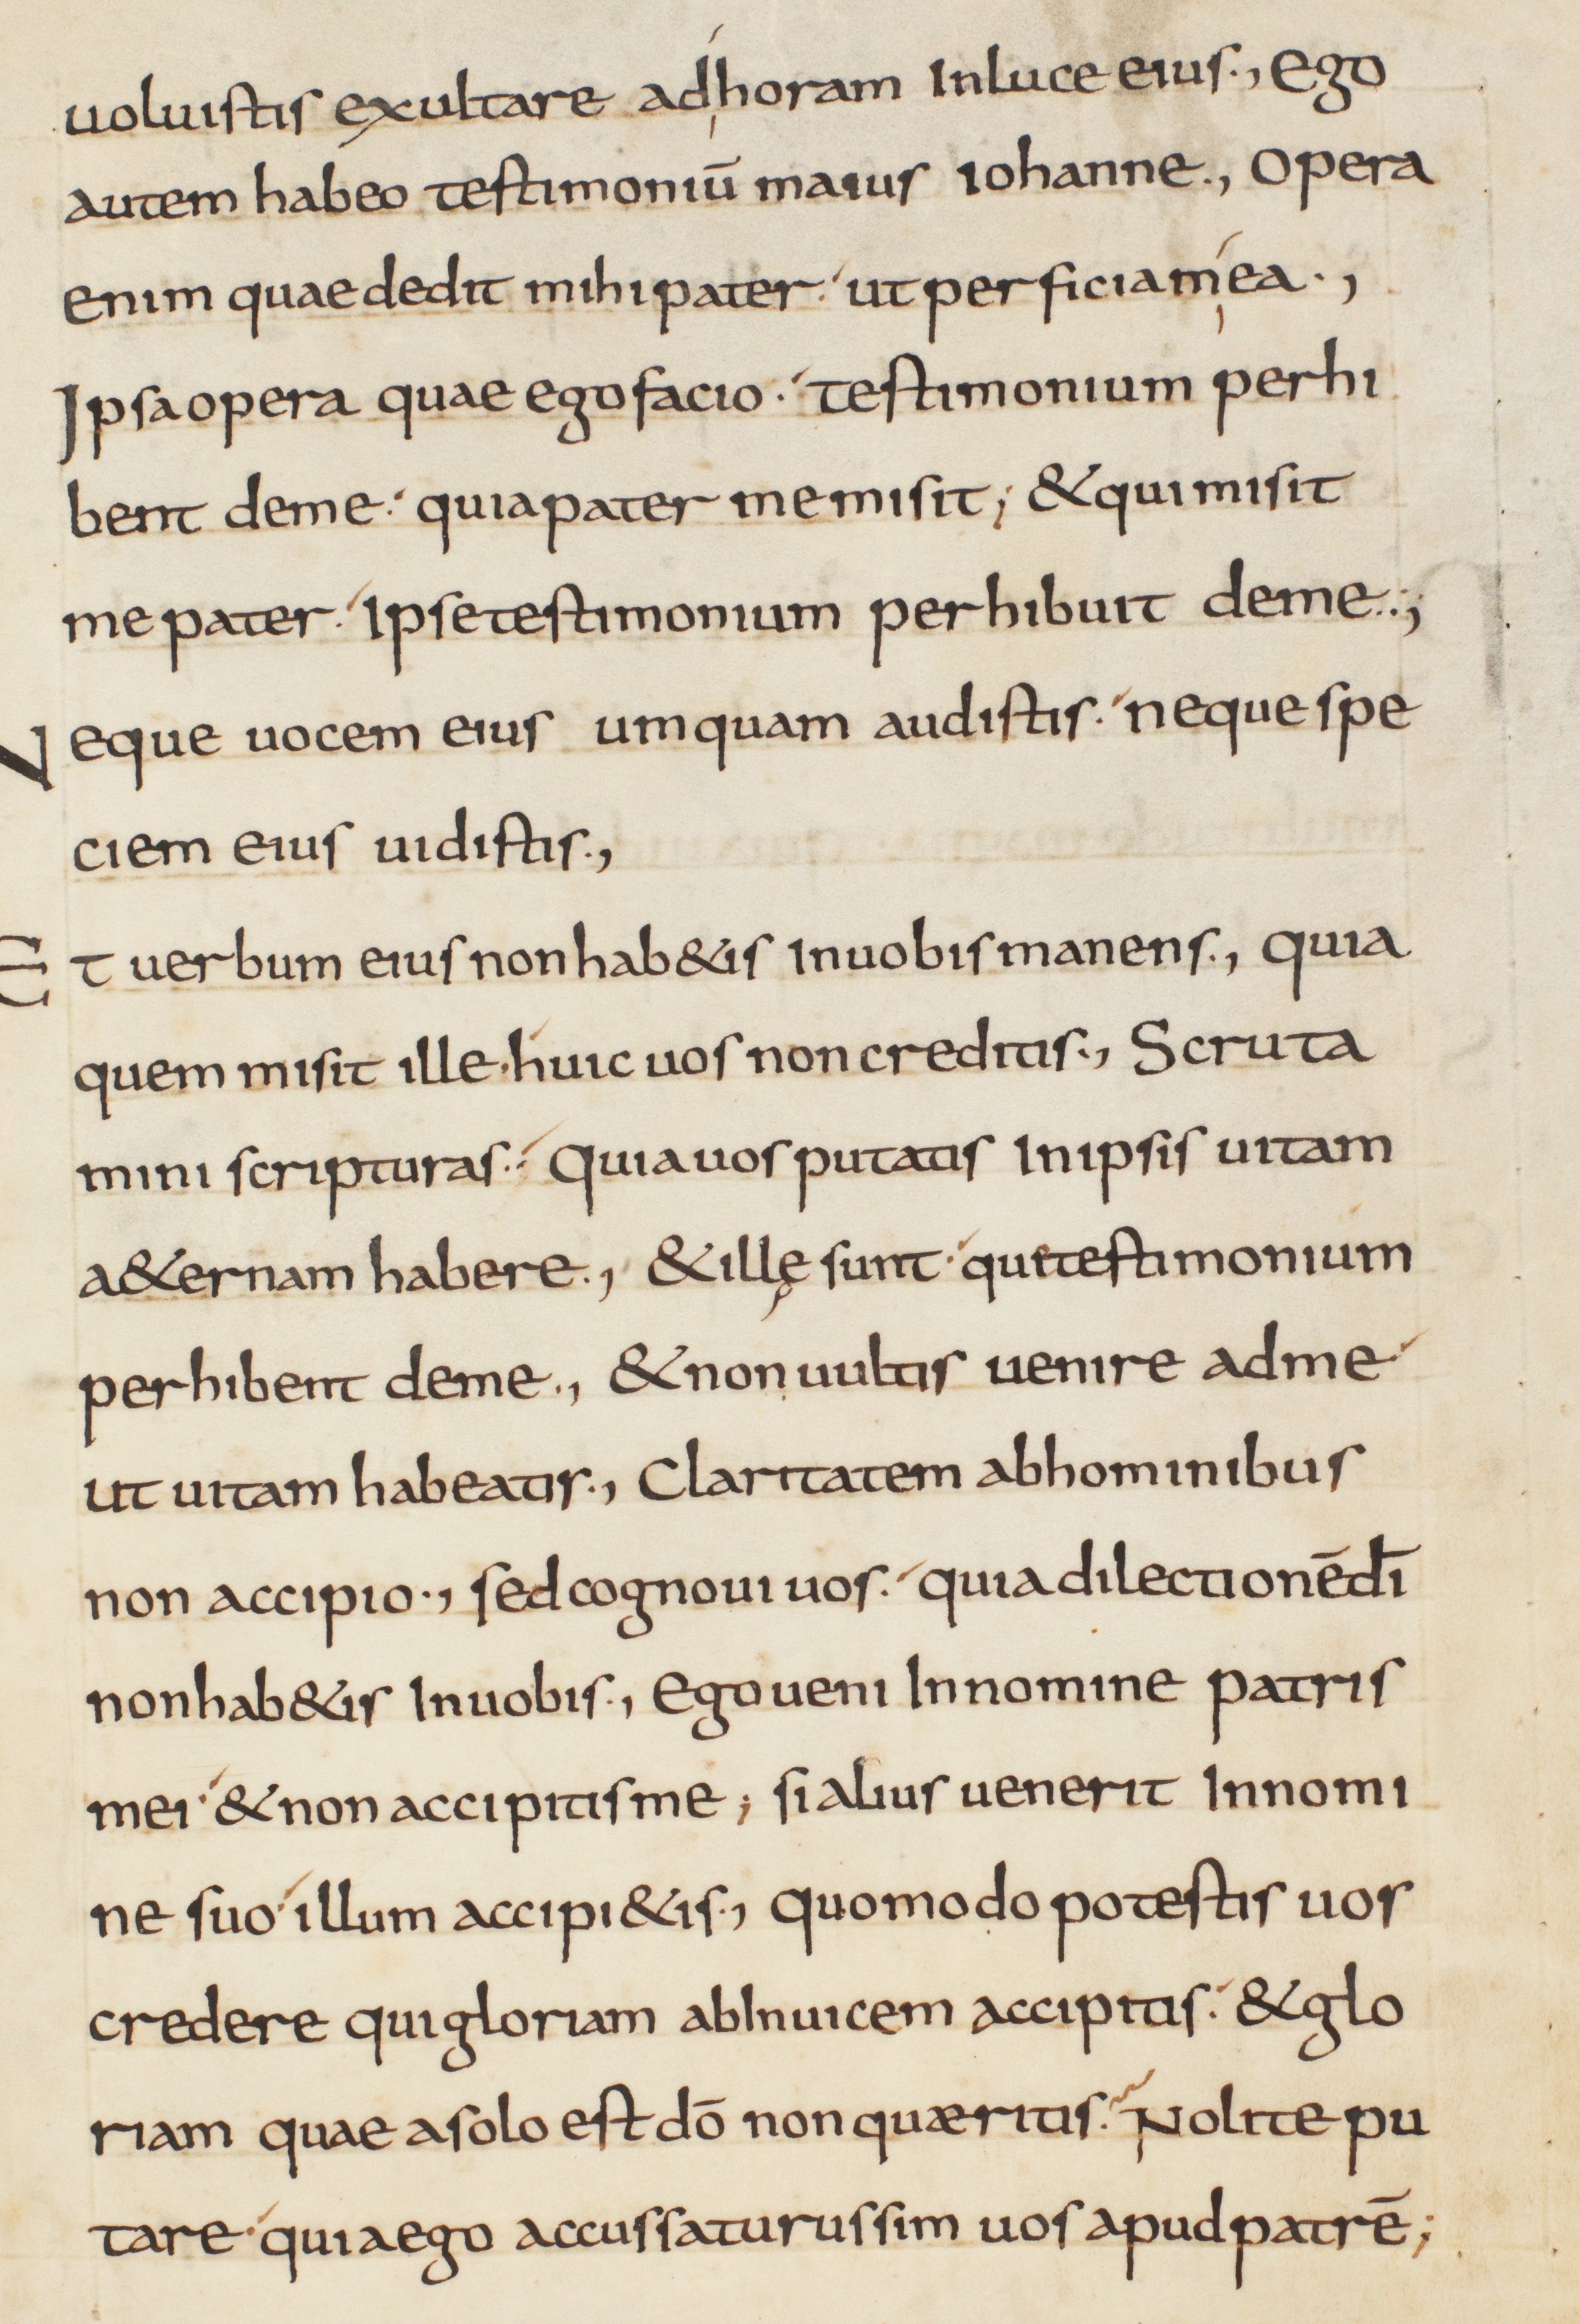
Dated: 825–849